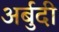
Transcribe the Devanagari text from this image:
अर्बुदी